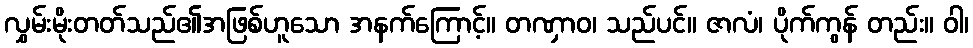
လွှမ်းမိုးတတ်သည်၏အဖြစ်ဟူသော အနက်ကြောင့်။ တဏှာဝ၊ သည်ပင်။ ဇာလံ၊ ပိုက်ကွန် တည်း။ ဝါ၊